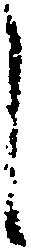
し